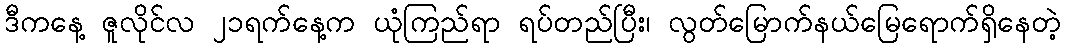
ဒီကနေ့ ဇူလိုင်လ ၂၁ရက်နေ့က ယုံကြည်ရာ ရပ်တည်ပြီး၊ လွတ်မြောက်နယ်မြေရောက်ရှိနေတဲ့